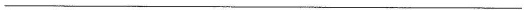
___